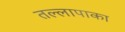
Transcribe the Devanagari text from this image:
तल्लापाका